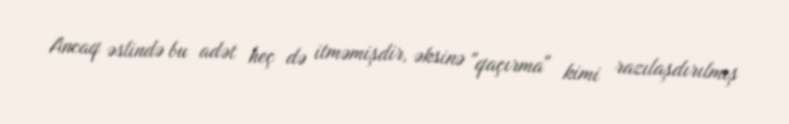
Ancaq əslində bu adət heç də itməmişdir, əksinə "qaçırma" kimi razılaşdırılmış